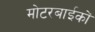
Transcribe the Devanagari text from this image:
मोटरबाईकों